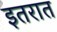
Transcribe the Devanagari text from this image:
इतरात